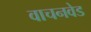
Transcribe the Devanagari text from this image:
वाचनवेड